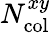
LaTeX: N_{\mathrm{col}}^{xy}